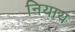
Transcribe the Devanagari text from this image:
नियाय